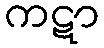
ကဋာ